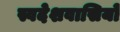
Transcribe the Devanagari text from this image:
स्वदेशवासियों